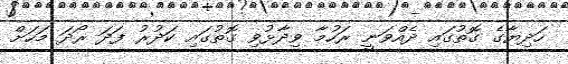
ހަދިޔާގެ ގޮތުގައި ދެއްވަނީ ރަހުމާ ވިދާޅުވި ގޮތުގައި ކަދުރު ފަދަ ރޯދަ މަހަށް